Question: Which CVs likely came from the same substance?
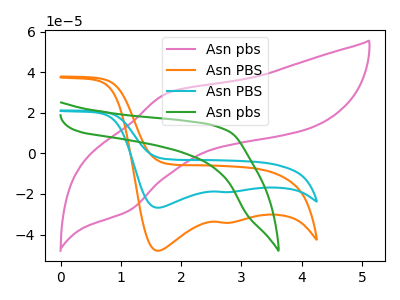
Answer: <think>The pink curve "Asn pbs" has an anodic peak at (1.80V, 29.85uA) and a cathodic peak at (1.15V, -28.25uA). The orange curve "Asn PBS" has cathodic peaks at (1.60V, -48.00uA) (2.70V, -34.20uA). The cyan curve "Asn PBS" has cathodic peaks at (1.60V, -26.80uA) (2.70V, -19.10uA). The green curve "Asn pbs" has no peaks.
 "Asn pbs" and "Asn PBS" have at least one peak that do not match. "Asn pbs" and "Asn PBS" have at least one peak that do not match. "Asn pbs" and "Asn pbs" have a different number of peaks. All the peaks in "Asn PBS" have a peak in "Asn PBS" at the same potential. Every peak in "Asn PBS" is higher than every peak in "Asn PBS". "Asn PBS" and "Asn pbs" have a different number of peaks. "Asn PBS" and "Asn pbs" have a different number of peaks.</think>
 <answer>"Asn PBS" and "Asn PBS" have the same shape and are likely CV's of the same chemical.</answer>
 <eval>"Asn PBS" "Asn PBS"</eval>